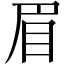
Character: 眉